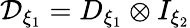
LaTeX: \mathcal{D}_{\xi_{1}}=D_{\xi_{1}}\otimes I_{\xi_{2}}